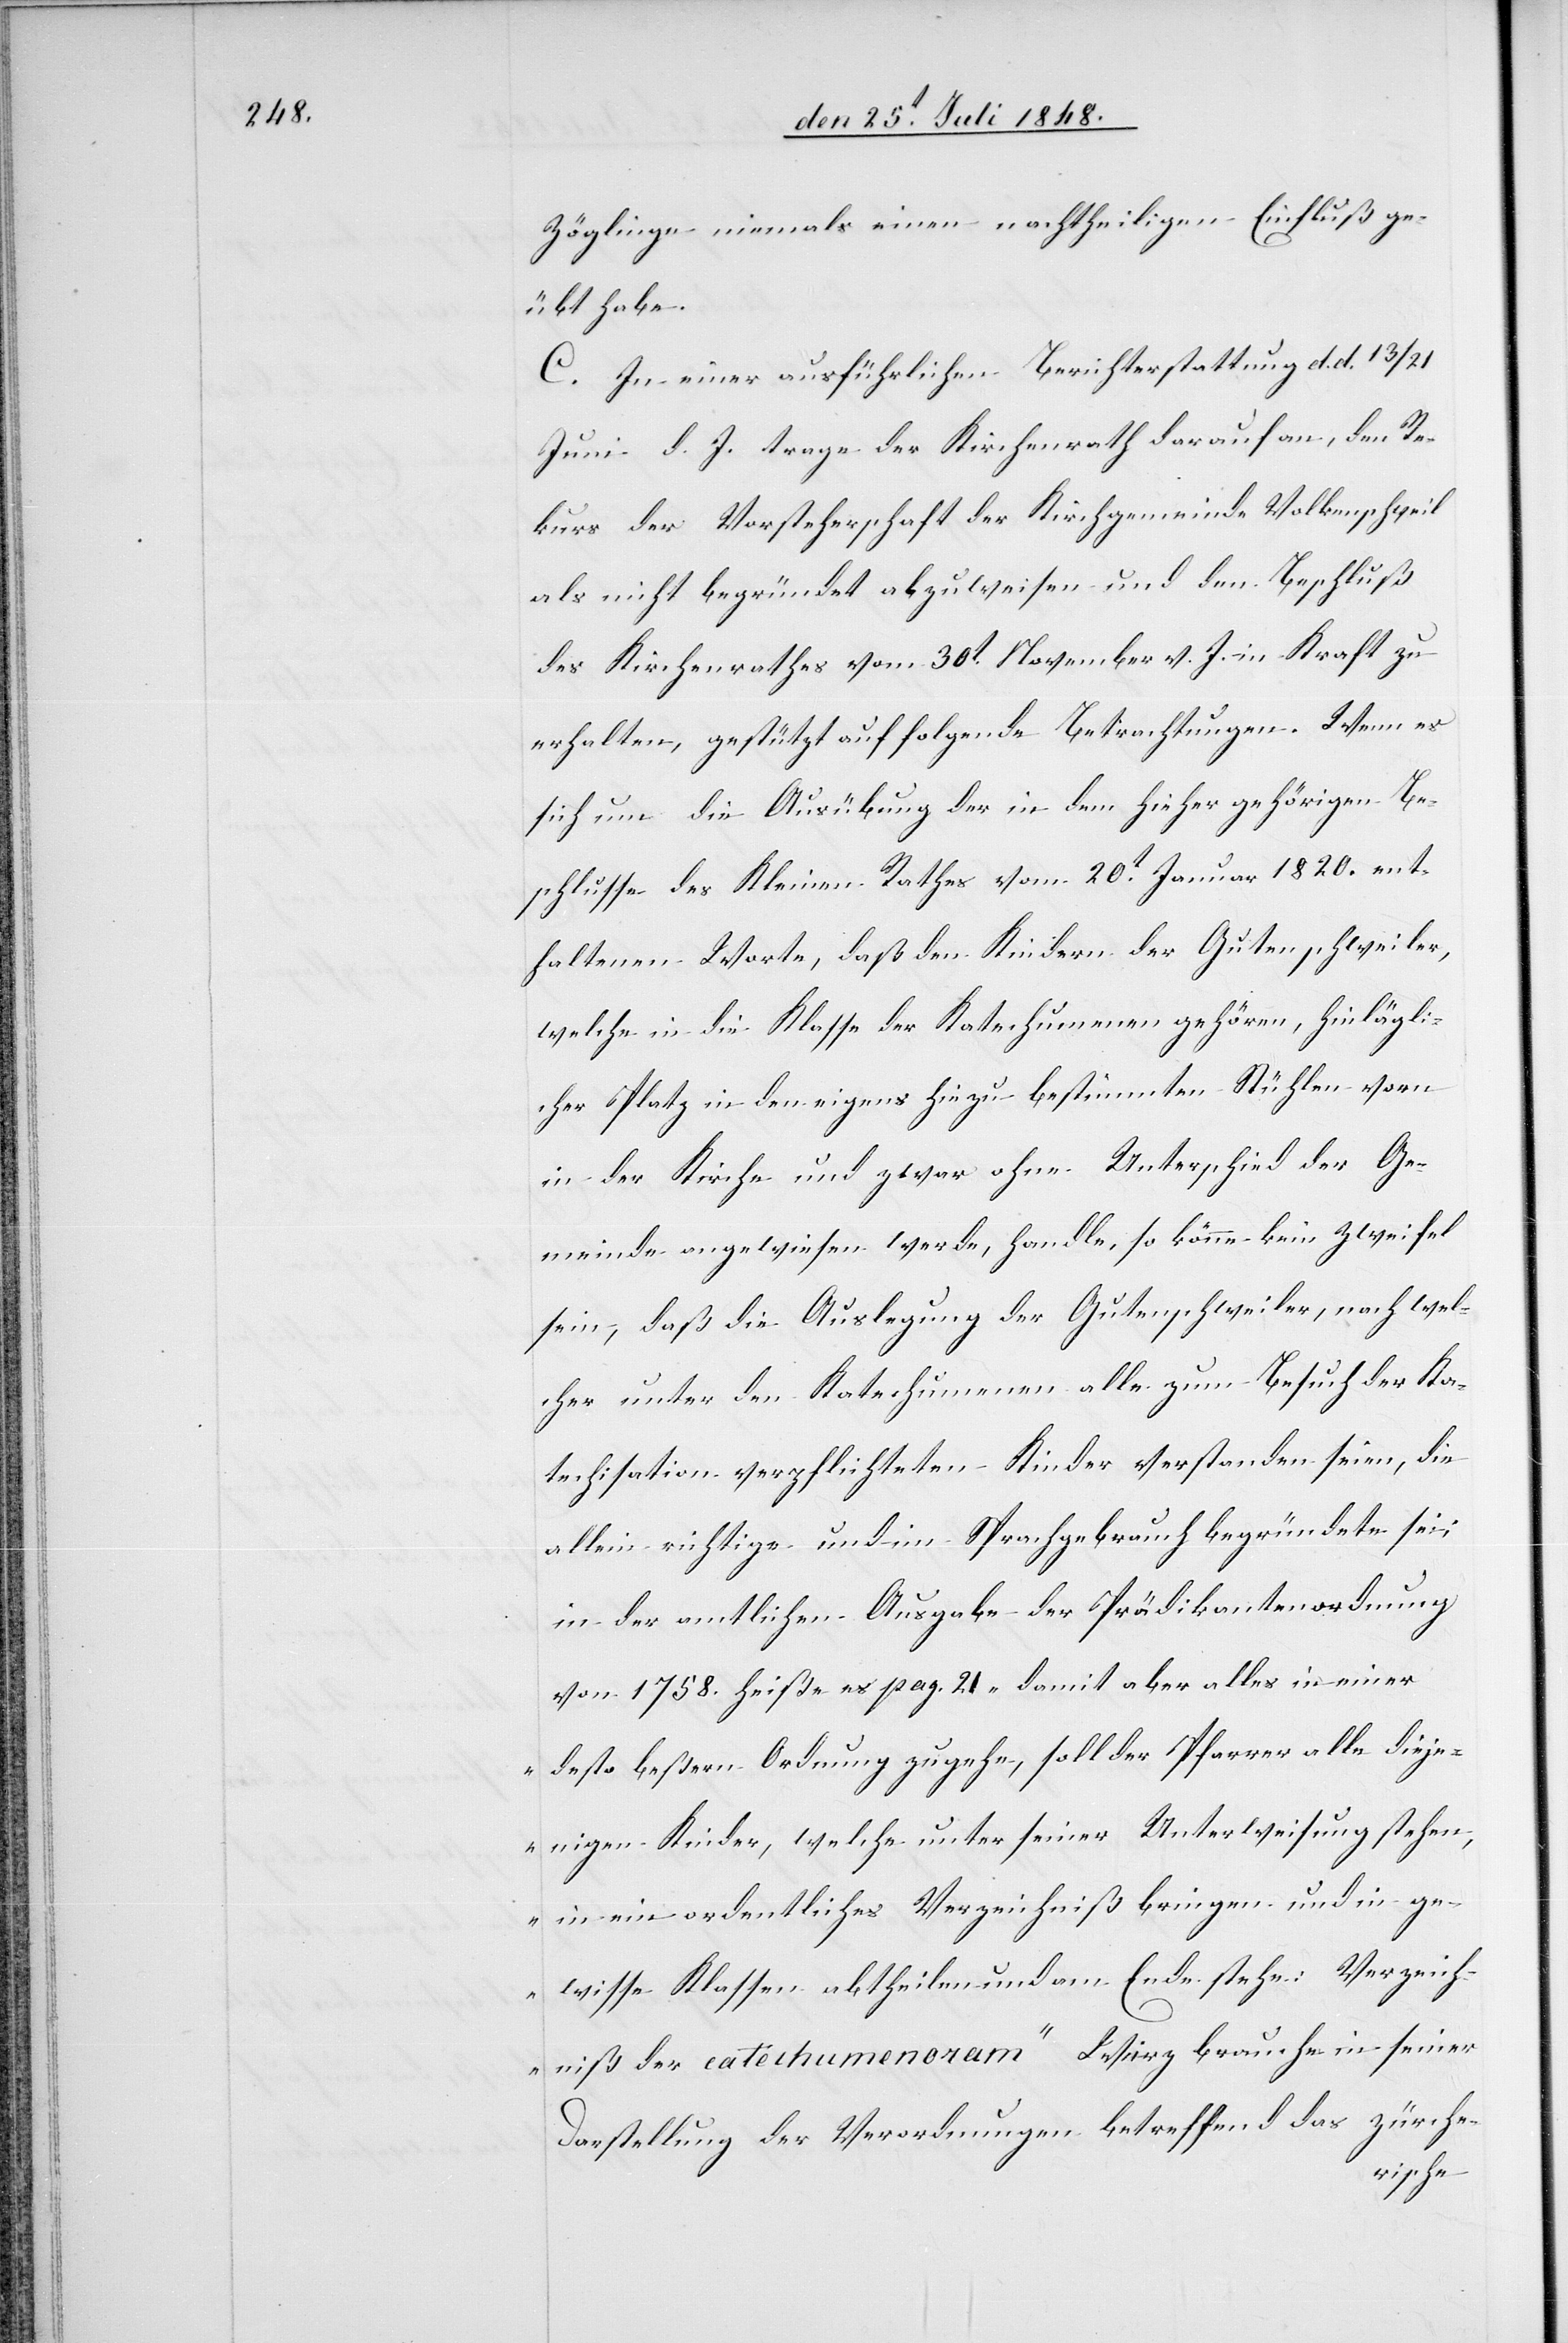
Zöglinge niemals einen nachtheiligen Einfluß ge¬
übt habe.
C. In einer ausführlichen Berichterstattung d. d. 13/21
Juni d. J. trage der Kirchenrath darauf an, den Re¬
kurs der Vorsteherschaft der Kirchgemeinde Volkenschweil
als nicht begründet abzuweisen und den Beschluß
des Kirchenrathes vom 30t November v. J. in Kraft zu
erhalten, gestützt auf folgende Betrachtungen. Wenn es
sich um die Ausübung der in dem hieher gehörigen Be¬
schlusse des Kleinen Rathes vom 20t Januar 1820. ent¬
haltenen Worte, daß den Kindern der Gutenschweiler,
welche in die Klasse der Katechumenen gehören, hinlä[n]gli¬
cher Platz in den eigens hiezu bestimmten Stühlen vorn
in der Kirche und zwar ohne Unterschied der Ge¬
meinde angewiesen werde, handle, so könne kein Zweifel
sein, daß die Auslegung der Gutenschweiler, nach wel¬
cher unter den Katechumenen alle zum Besuch der Ka¬
techisation verpflichteten Kinder verstanden seien, die
allein richtige und im Sprachgebrauch begründete sei;
in der amtlichen Ausgabe der Prädikantenordnung
von 1758. heiße es pag. 21 „damit aber alles in einer
desto beßern Ordnung zugehe, soll der Pfarrer alle dieje¬
nigen Kinder, welche unter seiner Unterweisung stehen,
in ein ordentliches Verzeichniß bringen und in ge¬
wisse Klassen abtheilen und am Ende stehe: Verzeich¬
niß der catechumenoram“ Wirz brauche in seiner
Darstellung der Verordnung betreffend das Zürche-